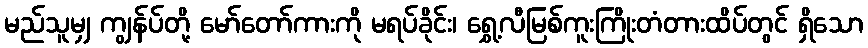
မည်သူမျှ ကျွန်ပ်တို့ မော်တော်ကားကို မရပ်ခိုင်း၊ ရွှေ့လီမြစ်ကူးကြိုးတံတားထိပ်တွင် ရှိသော